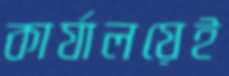
কার্যালয়েই